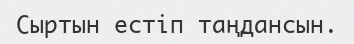
Сыртын естіп таңдансын.